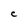
Character: C